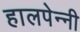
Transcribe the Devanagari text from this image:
हालपेन्नी